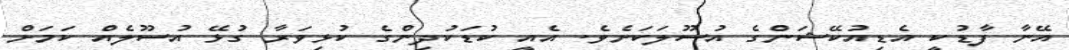
އޭނާ ފާޑުކީ އެޑިއުކޭޝަންގެ އުސޫލަކަށެވެ. އެއީ ކުޑަކުދިންގެ ކުޅިވަރާ ގުޅޭ އުސޫލެއް ކަމަށް